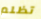
تظلم